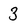
Character: 3